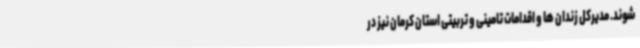
شوند. مدیرکل زندان ها و اقدامات تامینی و تربیتی استان کرمان نیز در